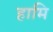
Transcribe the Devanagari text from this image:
हामि